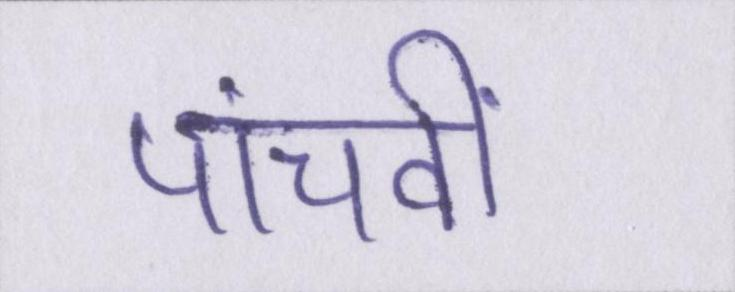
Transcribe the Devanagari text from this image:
पांचवीं